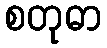
စတုဓာ